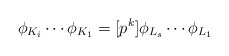
\begin{align*}\phi_{K_i} \cdots \phi_{K_1} = [p^k]\phi_{L_s} \cdots \phi_{L_1}\end{align*}